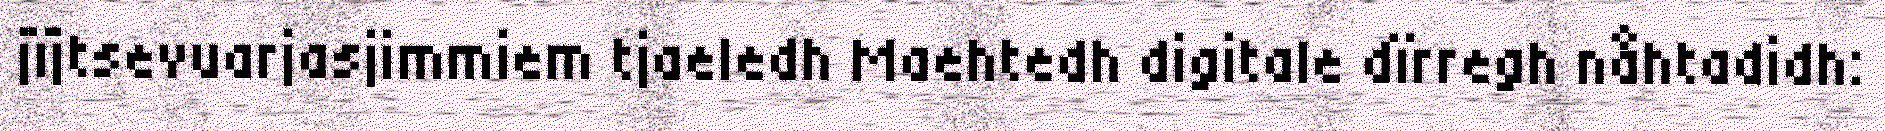
jïjtsevuarjasjimmiem tjaeledh Maehtedh digitale dïrregh nåhtadidh: